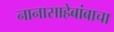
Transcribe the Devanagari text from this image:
नानासाहेबांबाचा